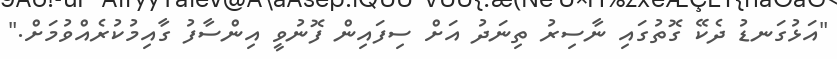
"އަޅުގަނޑު ދެކޭ ގޮތުގައި ނާސިރު ތިނަދު އަށް ސިފައިން ފޮނުވީ އިންސާފު ގާއިމުކުރެއްވުމަށް."